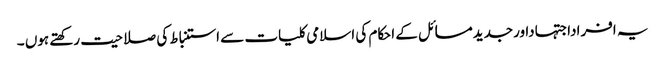
یہ افراداجتہاداورجدیدمسائل کے احکام کی اسلامی کلیات سے استنباط کی صلاحیت رکھتے ہوں ۔